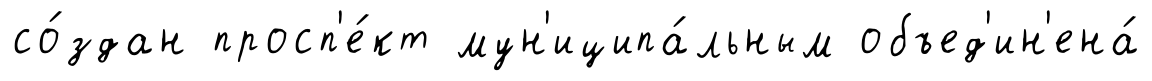
со́здан просп'е́кт мун'иципа́льным объед'ин'ена́